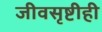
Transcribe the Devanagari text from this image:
जीवसृष्टीही